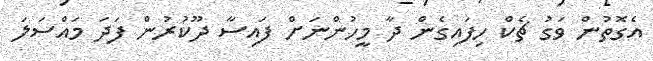
އެގޮތުން ވަގު ޗެކް ހިފައިގެން ދާ މީހުންނަށް ފައިސާ ދޫކުރުން ފަދަ މައްސަލަ